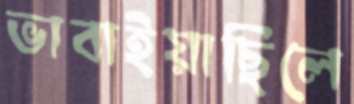
ভাবাইয়াছিলে